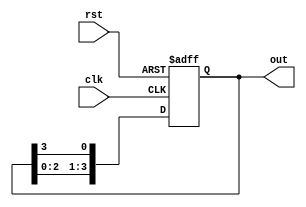
module ring_counter (
    input wire clk,        // Clock input
    input wire rst,        // Asynchronous reset
    output reg [N-1:0] out // Output states of the ring counter
);

parameter N = 4; // Specify the number of bits in the ring counter

// Initialization of the ring counter to 100...0
always @(posedge clk or posedge rst) begin
    if (rst) begin
        out <= 1 << (N-1); // Initialize to 100...0
    end else begin
        out <= {out[N-2:0], out[N-1]}; // Shift the '1' to the right in a circular manner
    end
end

endmodule